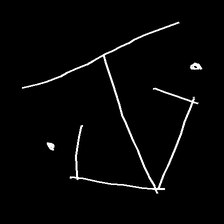
Glyph: earth